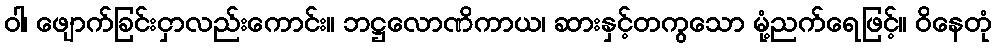
ဝါ၊ ဖျောက်ခြင်းငှာလည်းကောင်း။ ဘဋ္ဌလောဏိကာယ၊ ဆားနှင့်တကွသော မုံ့ညက်ရေဖြင့်။ ဝိနေတုံ